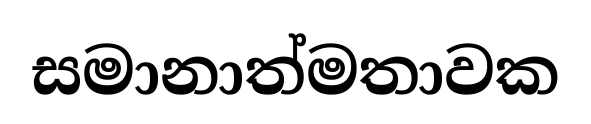
සමානාත්මතාවක